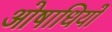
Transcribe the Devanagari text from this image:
ओषाधियों